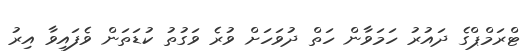
ޓްރަމްޕްގެ ދައުރު ހަމަވާން ހަތް ދުވަހަށް ވުރެ ވަގުތު ކުޑަތަން ވެފައިވާ އިރު